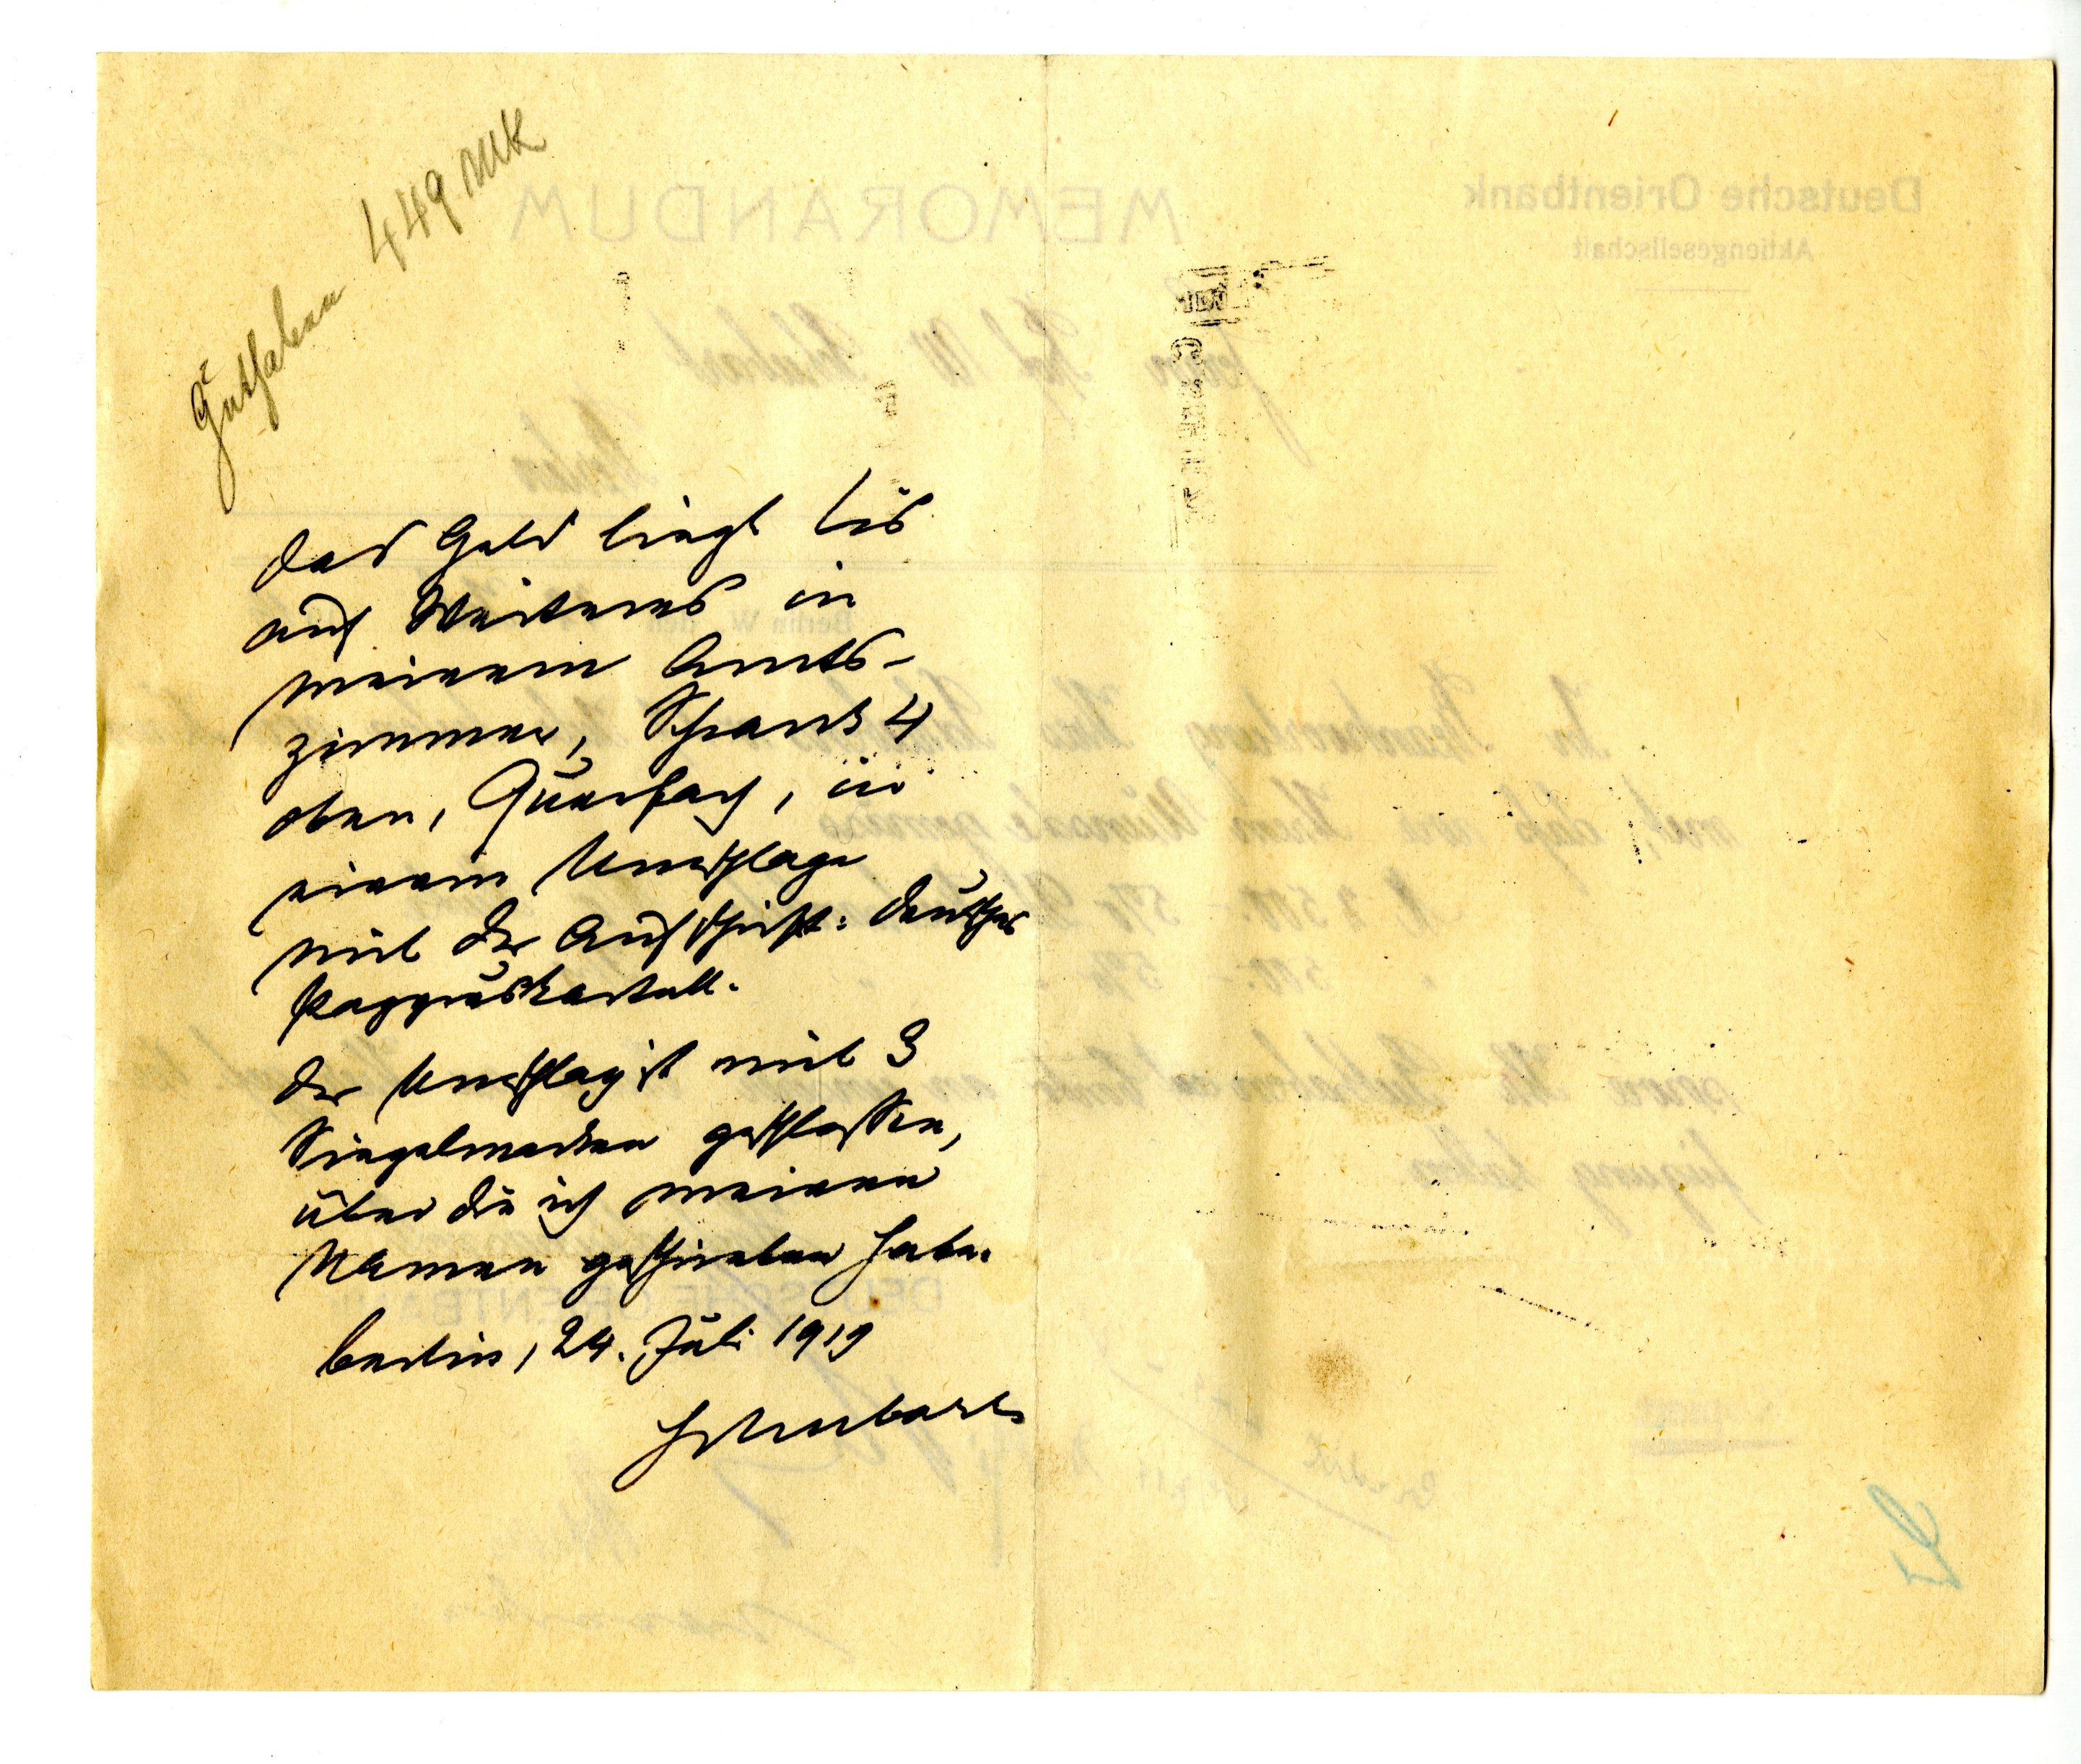
Guthaben 449 MK
Das Geld liegt bis
auf Weiteres in
meinem Amts¬
zimmer, Schrank 4
oben, Querfach, in
einem Umschlag
mit der Aufschrift: deutsches
Papyruskartell.
Der Umschlag ist mit 3
Siegelmarken geschlossen,
über die ich meinen
Namen geschrieben habe.
Berlin, 24. Juli 1919
Schubart